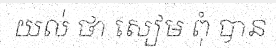
យល់ ថា សៀម ពុំ បាន